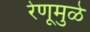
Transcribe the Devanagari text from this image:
रेणूमुळे